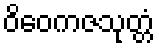
ဝိဝေကဇသုတ္တံ